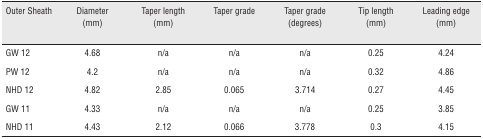
<table><thead><tr><td><b>Outer Sheath</b></td><td><b>Diameter (mm)</b></td><td><b>Taper length (mm)</b></td><td><b>Taper grade</b></td><td><b>Taper grade (degrees)</b></td><td><b>Tip length (mm)</b></td><td><b>Leading edge (mm)</b></td></tr></thead><tbody><tr><td>GW 12</td><td>4.68</td><td>n/a</td><td>n/a</td><td>n/a</td><td>0.25</td><td>4.24</td></tr><tr><td>PW 12</td><td>4.2</td><td>n/a</td><td>n/a</td><td>n/a</td><td>0.32</td><td>4.86</td></tr><tr><td>NHD 12</td><td>4.82</td><td>2.85</td><td>0.065</td><td>3.714</td><td>0.27</td><td>4.45</td></tr><tr><td>GW 11</td><td>4.33</td><td>n/a</td><td>n/a</td><td>n/a</td><td>0.25</td><td>3.85</td></tr><tr><td>NHD 11</td><td>4.43</td><td>2.12</td><td>0.066</td><td>3.778</td><td>0.3</td><td>4.15</td></tr></tbody></table>